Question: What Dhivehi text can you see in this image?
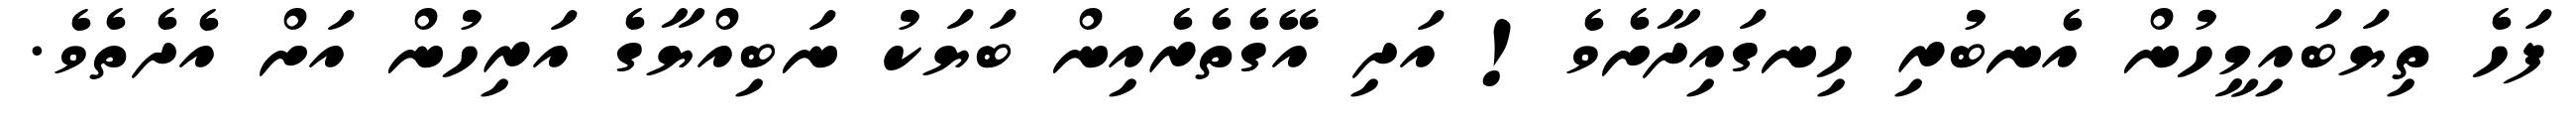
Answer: ފަހެ ތިޔަބައިމީހުން އެނބުރި ހިނގައިދާށެވެ! އަދި އޭގެތެރެއިން ބަޔަކު ނަބިއްޔާގެ އަރިހުން އަށް އެދެތެވެ.